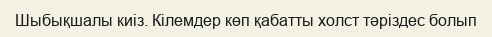
Шыбықшалы киіз. Кілемдер көп қабатты холст тәріздес болып